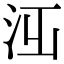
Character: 𣳋